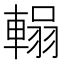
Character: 𮝞